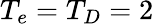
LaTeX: T_{e}=T_{D}=2